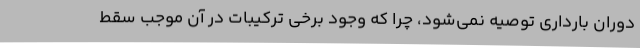
دوران بارداری توصیه نمی‌شود، چرا که وجود برخی ترکیبات در آن موجب سقط